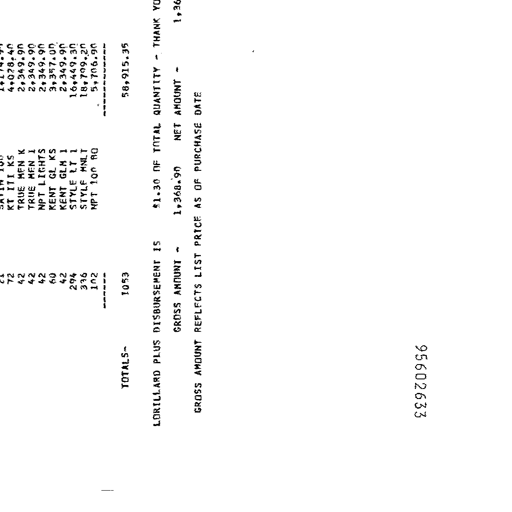
72 KT ITI KS 4,028.40
42 TRUE MFN K 2,349.90
42 TRUE MFN I 2,349.90
42 NPT LIGHTS 2,349.90
60 KENT GL KS 3,357.00
42 KENT GLM I 2,349.90
294 STYLE LT I 16,449.30
336 STYLE MNLT 18,799.20
102 NPT 100 80 5,706.90
----- ----------
TOTALS- 1053 58,915.35
LORILLARD PLUS DISBURSEMENT IS 81.30 OF TOTAL QUANTITY - THANK YOU
GROSS AMOUNT - 1,368.90 NET AMOUNT - 1,368.90
GROSS AMOUNT REFLECTS LIST PRICE AS OF PURCHASE DATE
95602633